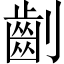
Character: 𠠚